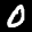
Label: 0